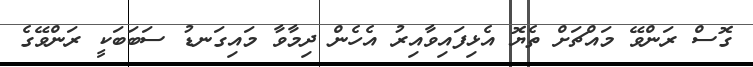
ގޮސް ރަންވޭ މަައްޗަށް ތެޔޮ އެޅިފައިވާއިރު އެހެން ދިމާވާ މައިގަނޑު ސަބަބަކީ ރަންވޭގެ